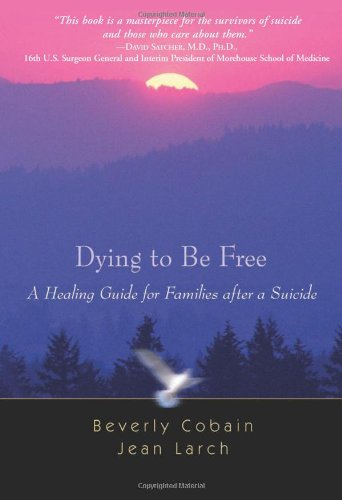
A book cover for Dying to Be Free: A Healing Guide for Families After a Suicide; Beverly Cobain; Self-Help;